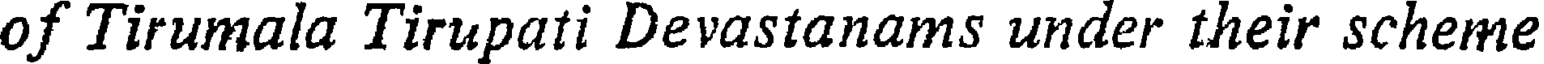
of Tirumala Tirupati Devastanams under their scheme